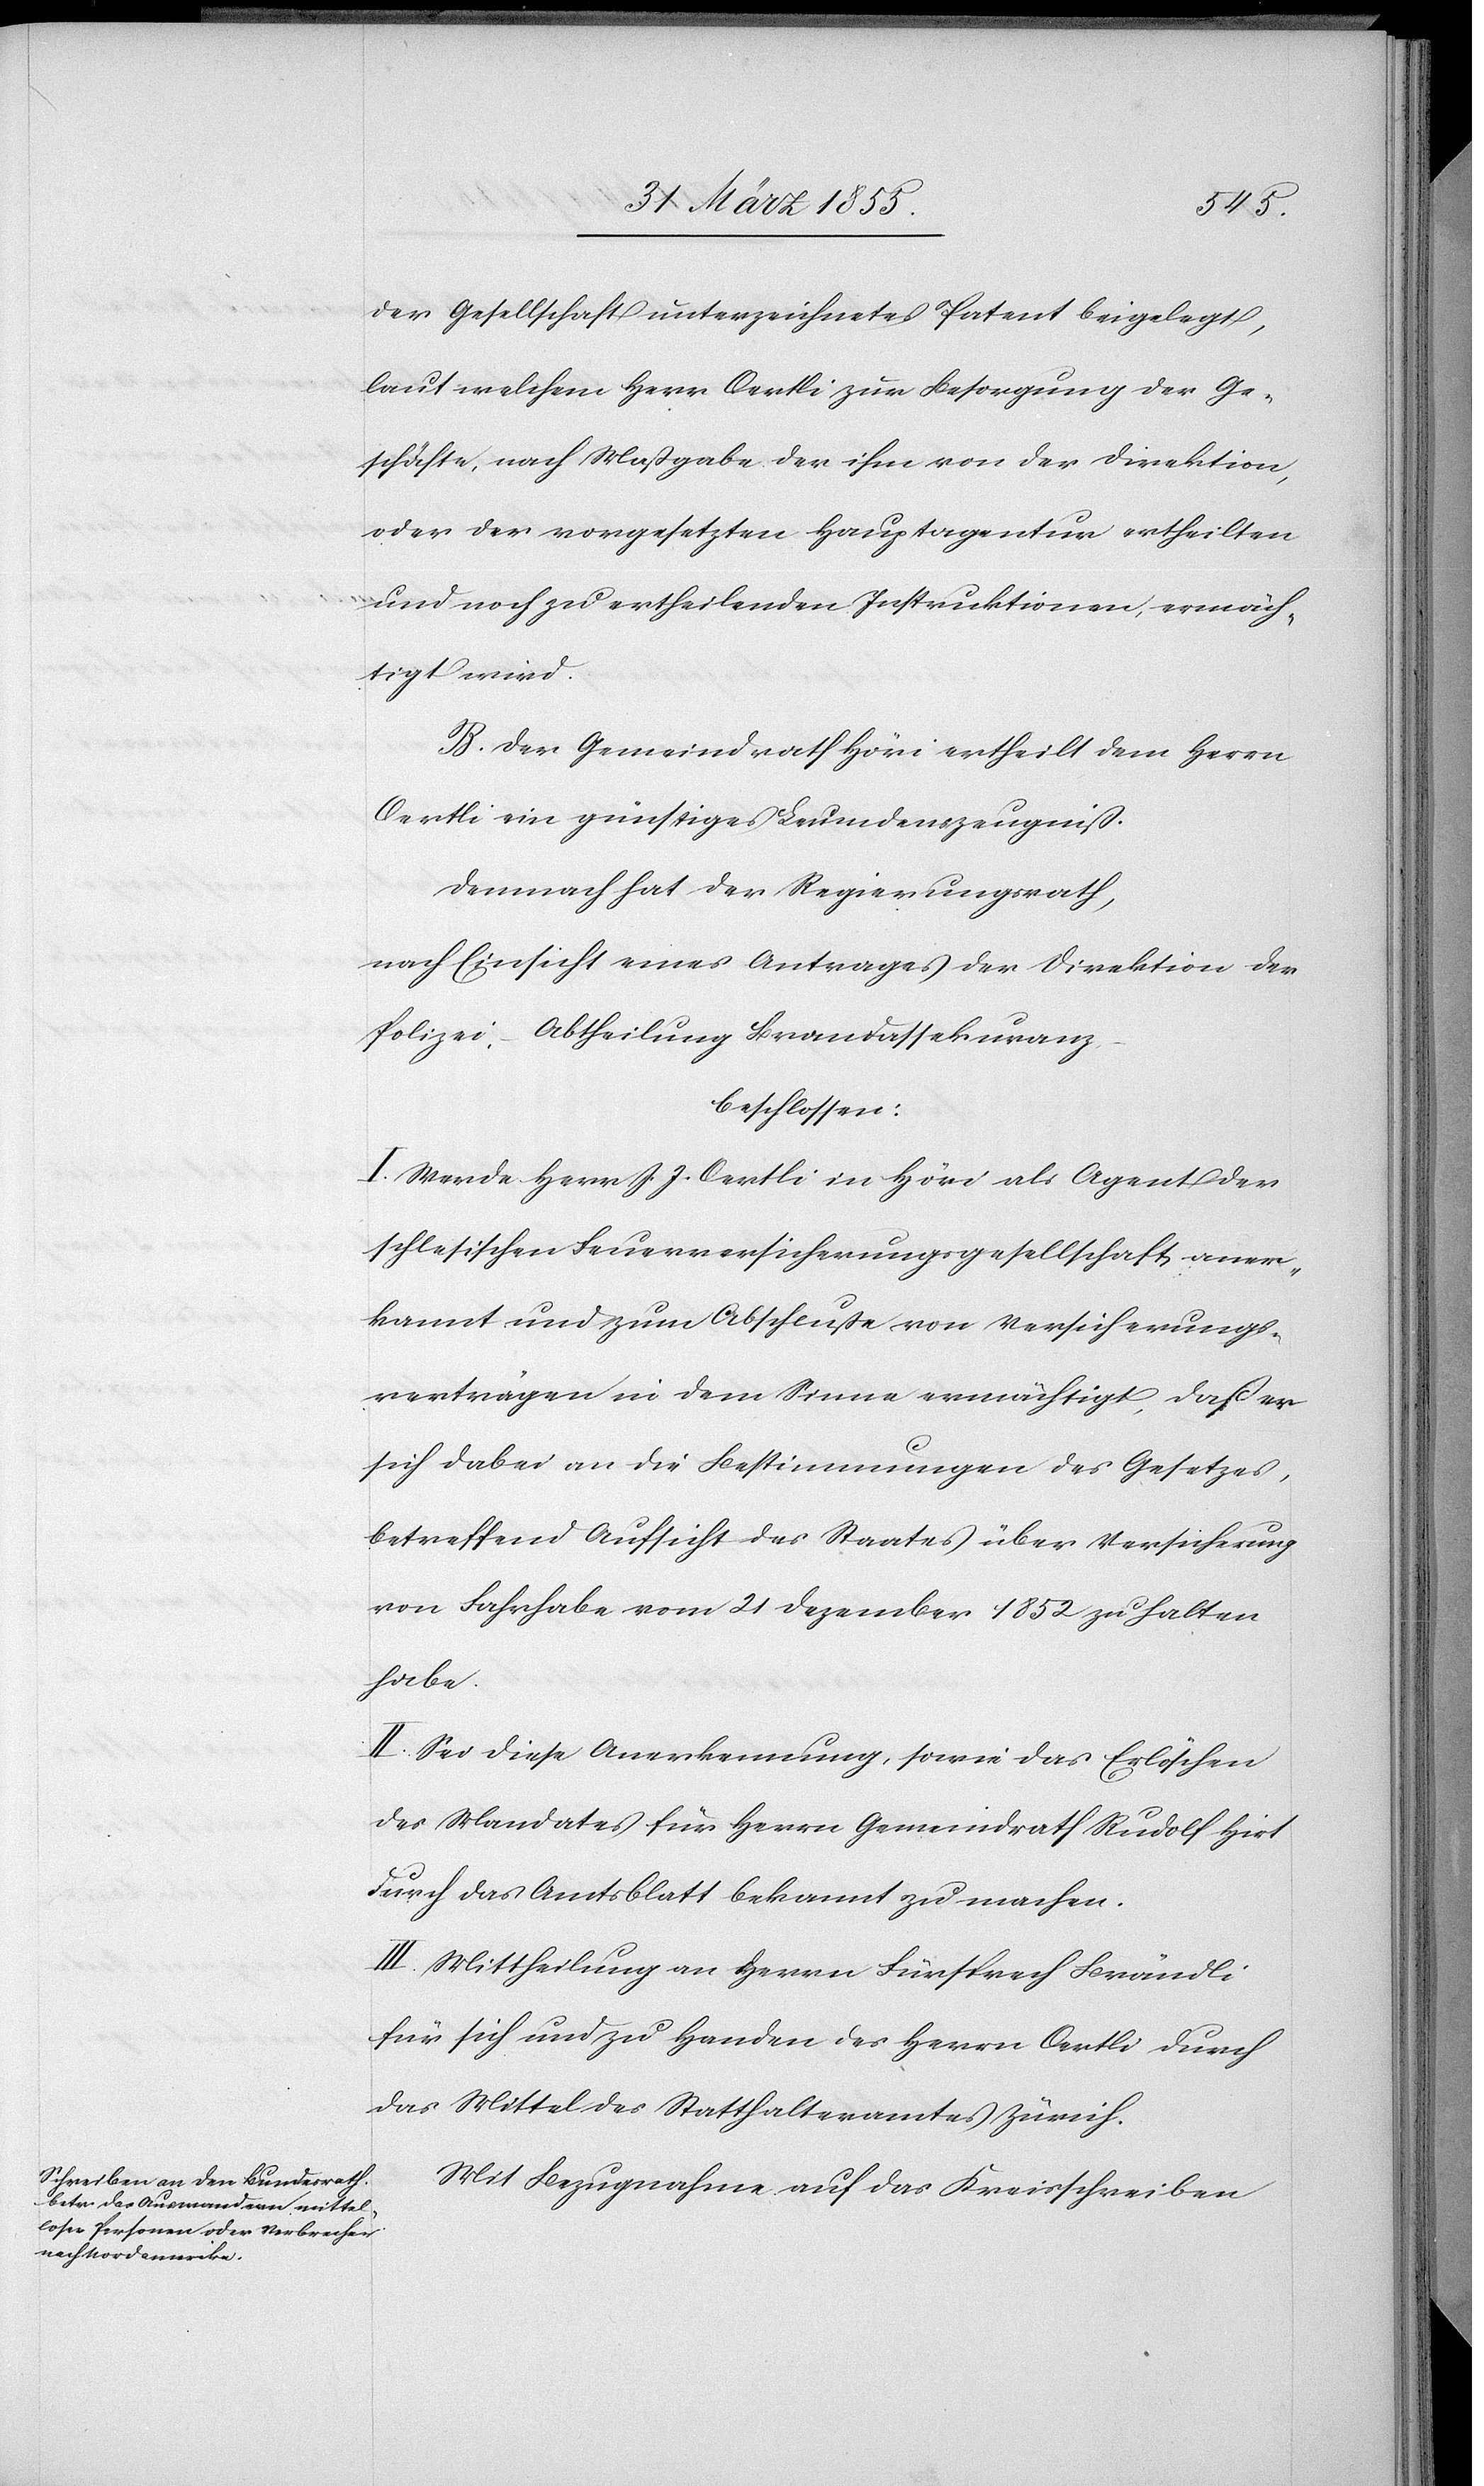
der Gesellschaft unterzeichnetes Patent beigelegt,
laut welchem Herr Oertli zur Besorgung der Ge¬
schäfte, nach Maßgabe der ihm von der Direktion,
oder der vorgesetzten Hauptagentur ertheilten
und noch zu ertheilenden Instruktionen, ermäch¬
tigt wird.
B. Der Gemeindrath Höri ertheilt dem Herrn
Oertli ein günstiges Leumdenszeugniß.
Demnach hat der Regierungsrath,
nach Einsicht eines Antrages der Direktion der
Polizei, – Abtheilung Brandassekuranz,
beschlossen:
I. Werde Herr J. J. Oertli in Höri als Agent der
schlesischen Feuerversicherungsgesellschaft aner¬
kannt und zum Abschluße von Versicherungs¬
verträgen in dem Sinne ermächtigt, daß er
sich dabei an die Bestimmungen des Gesetzes,
betreffend Aufsicht des Staates über Versicherung
von Fahrhabe vom 21 Dezember 1852 zu halten
habe.
II. Sei diese Anerkennung, sowie das Erlöschen
des Mandates für Herrn Gemeindrath Rudolf Hirt
durch das Amtsblatt bekannt zu machen.
III. Mittheilung an Herrn Fürsprech Brändli
für sich und zu Handen des Herrn Oertli durch
das Mittel des Statthalteramtes Zürich.
Mit Bezugnahme auf das Kreisschreiben